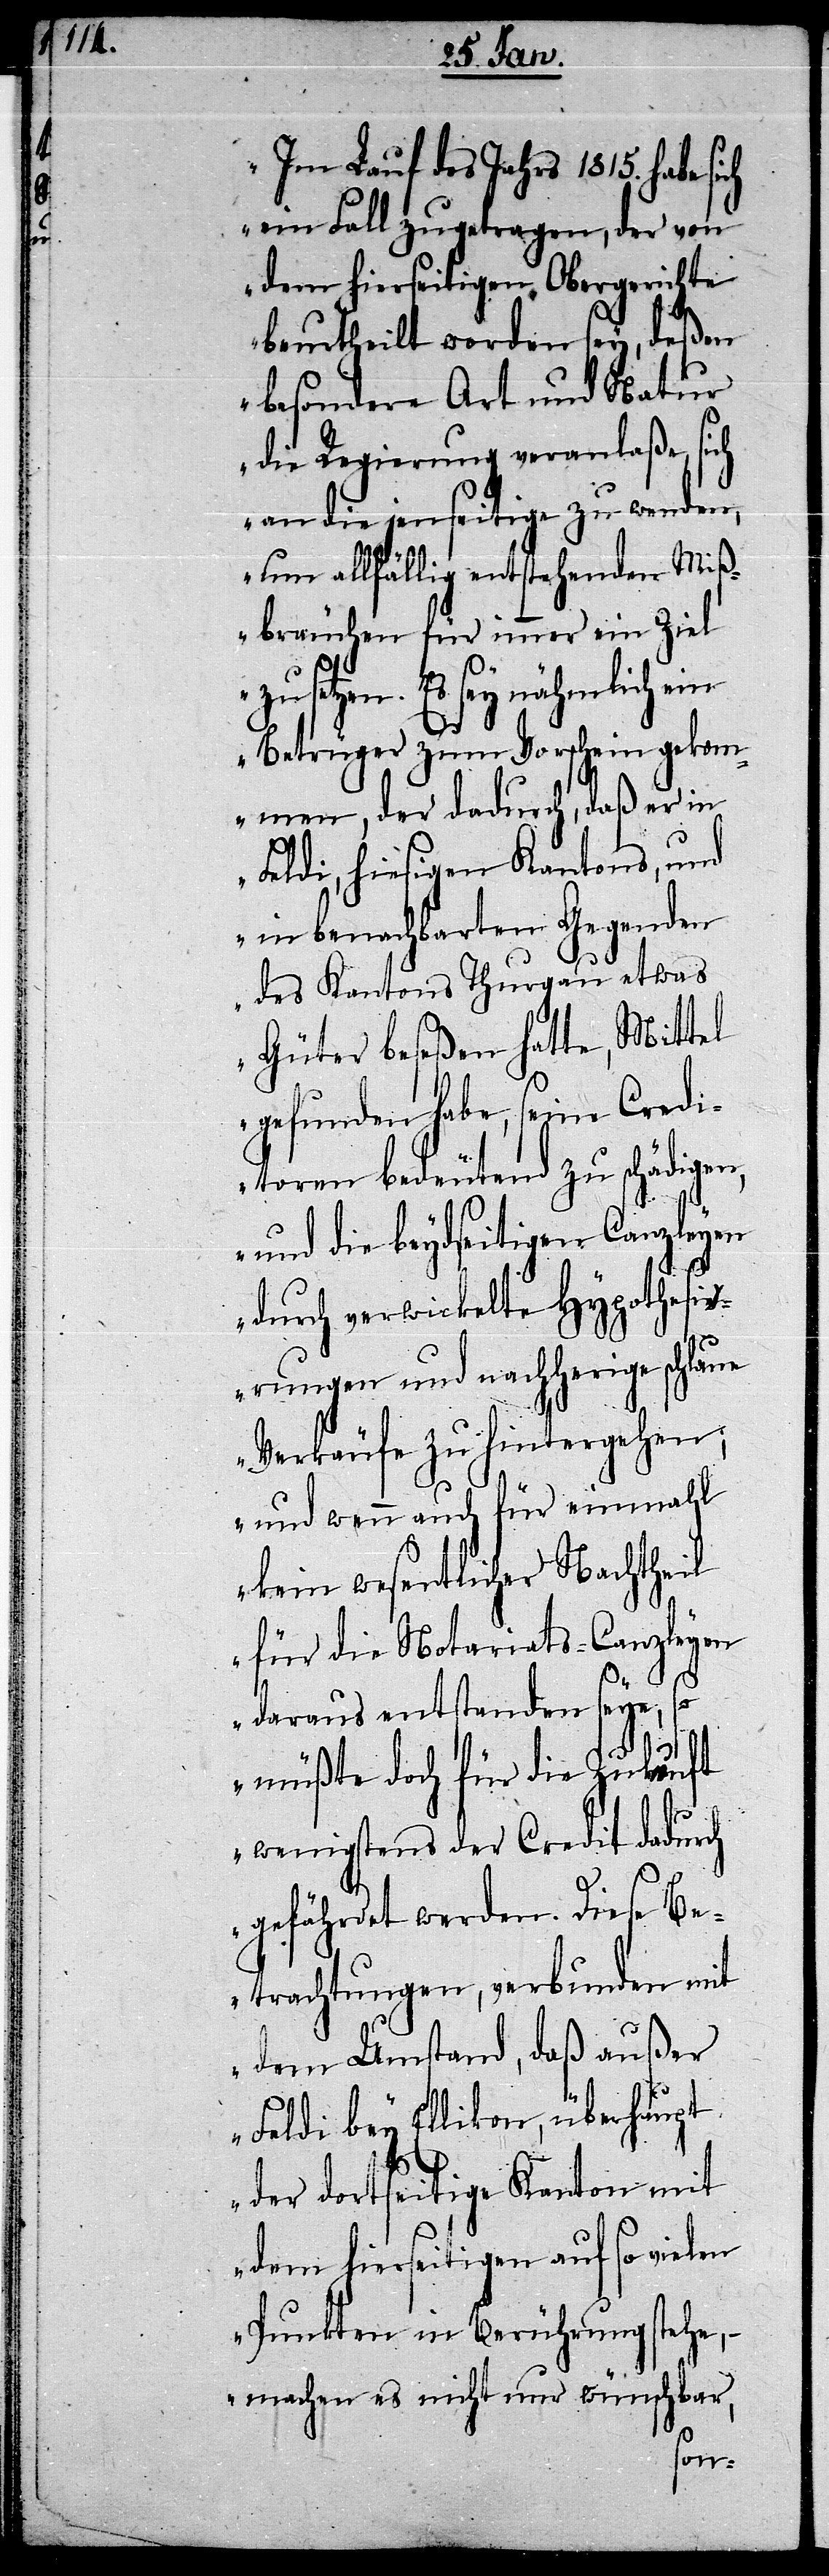
„Im Lauf des Jahrs 1815. habe sich
ein Fall zugetragen, der von
dem hierseitigen Obergerichte
beurtheilt worden sey, deßen
besondere Art und Natur
die Regierung veranlaße, sich
an die jenseitige zu wenden,
um allfällig entstehenden Miß¬
bräuchen für immer ein Ziel
setzen. Es sey nähmlich ein
Betrüger zum Vorschein gekom¬
men, der dadurch, daß er in
Feldi, hiesigen Kantons, und
in benachbarten Gegenden
des Kantons Thurgau etwas
Güter beseßen hatte, Mittel
gefunden habe, seine Credi¬
toren bedeutend zu schädigen,
und die beydseitigen Canzleyen
durch verwickelte Hypothesi¬
erungen und nachherige schlaue
Verkäufe zu hintergehen;
und wenn auch für einmahl
kein wesentlicher Nachtheil
für die Notariats-Canzleyen
daraus entstanden seye, so
müßte doch für die Zukunft
wenigstens der Credit dadurch
gefährdet werden. Diese Be¬
trachtungen, verbunden mit
dem Umstand, daß außer
Feldi bey Ellikon, überhaupt
der dortseitige Kanton mit
dem hierseitigen auf so vielen
Punkten in Berührung stehe,
– machen es nicht nur wünschbar,